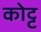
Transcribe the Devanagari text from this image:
कोट्ट